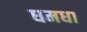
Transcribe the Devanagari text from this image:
धमधा